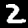
Label: 2